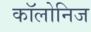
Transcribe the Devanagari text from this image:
कॉलोनिज